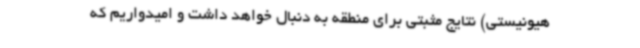
هیونیستی) نتایج مثبتی برای منطقه به دنبال خواهد داشت و امیدواریم که